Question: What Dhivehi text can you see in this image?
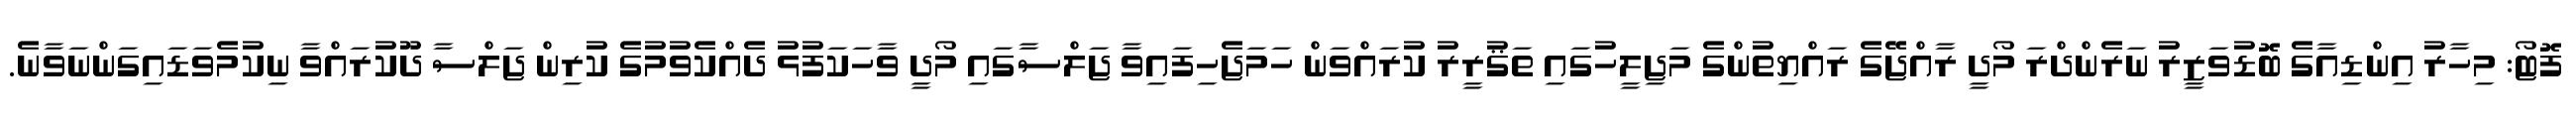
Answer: ފޮޓޯ: މިހާރު އިންޑިއާގެ ބޮޑުވަޒީރު ނަރެންދްރަ މޯދީ ރާއްޖޭގެ ރައްޔިތުންގެ މަޖިލީހުގައި ތަޤުރީރު ކުރައްވަން ހަމަޖެހިފައިވާ ޖަލްސާގައި މޯދީ ވާހަކަފުޅު ދެއްކެވުމުގެ ކުރިން ޖަލްސާ ދޫކުރައްވާ ނިކުމެވަޑައިގަންނަވާނެ.